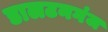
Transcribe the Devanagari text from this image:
डालटनगंज